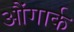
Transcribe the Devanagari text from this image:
औंगार्क